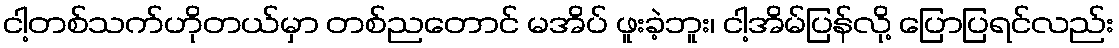
ငါ့တစ်သက်ဟိုတယ်မှာ တစ်ညတောင် မအိပ် ဖူးခဲ့ဘူး၊ ငါ့အိမ်ပြန်လို့ ပြောပြရင်လည်း